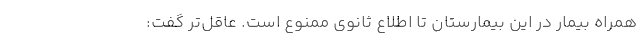
همراه بیمار در این بیمارستان تا اطلاع ثانوی ممنوع است. عاقل‌تر گفت: